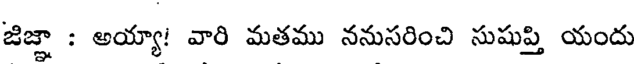
జిజ్ఞా : అయ్యా! వారి మతము ననుసరించి సుషుప్తి యందు